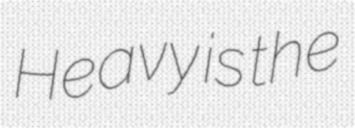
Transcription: Heavy is the